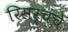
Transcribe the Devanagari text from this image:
रिसर्चचे